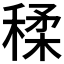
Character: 𥠊